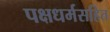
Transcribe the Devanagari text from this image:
पक्षधर्मसहित